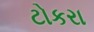
ટોકરા